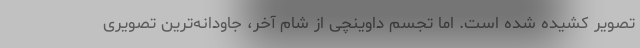
تصویر کشیده شده است. اما تجسم داوینچی از شام آخر، جاودانه‌ترین تصویری